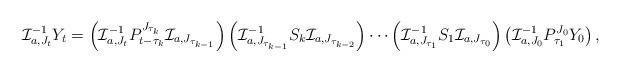
LaTeX: \begin{align*}{\cal I}_{a, J_t}^{-1} Y_t = \left({\cal I}_{a, J_t}^{-1} P^{J_{\tau_k}}_{t-\tau_k} {\cal I}_{a, J_{\tau_{k-1}}}\right) \left({\cal I}_{a, J_{\tau_{k-1}}}^{-1} S_k {\cal I}_{a, J_{\tau_{k-2}}}\right) \cdots \left({\cal I}_{a, J_{\tau_{1}}}^{-1} S_1 {\cal I}_{a, J_{\tau_{0}}}\right) \left({\cal I}_{a, J_{0}}^{-1} P^{J_0}_{\tau_1}Y_0\right),\end{align*}